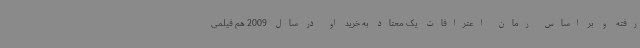
رفته و بر اساس رمان اعترافات یک معتاد به خرید او در سال 2009 هم فیلمی